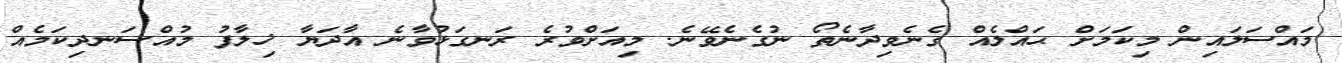
މައްސަލައިން މިކަމަށް ޙައްލެއް ގެނެވިދާނެތޯ ނުގެނެވޭނެ. މިއަށްވުރެ ރަނގަޅުވާނެ އާދަޔާ ޚިލާފު މުއްސަނދިކަމެއް